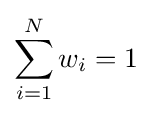
\sum _{i=1}^{N}w_{i}=1